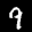
Label: 9